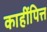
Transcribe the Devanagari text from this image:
काहींपित्त